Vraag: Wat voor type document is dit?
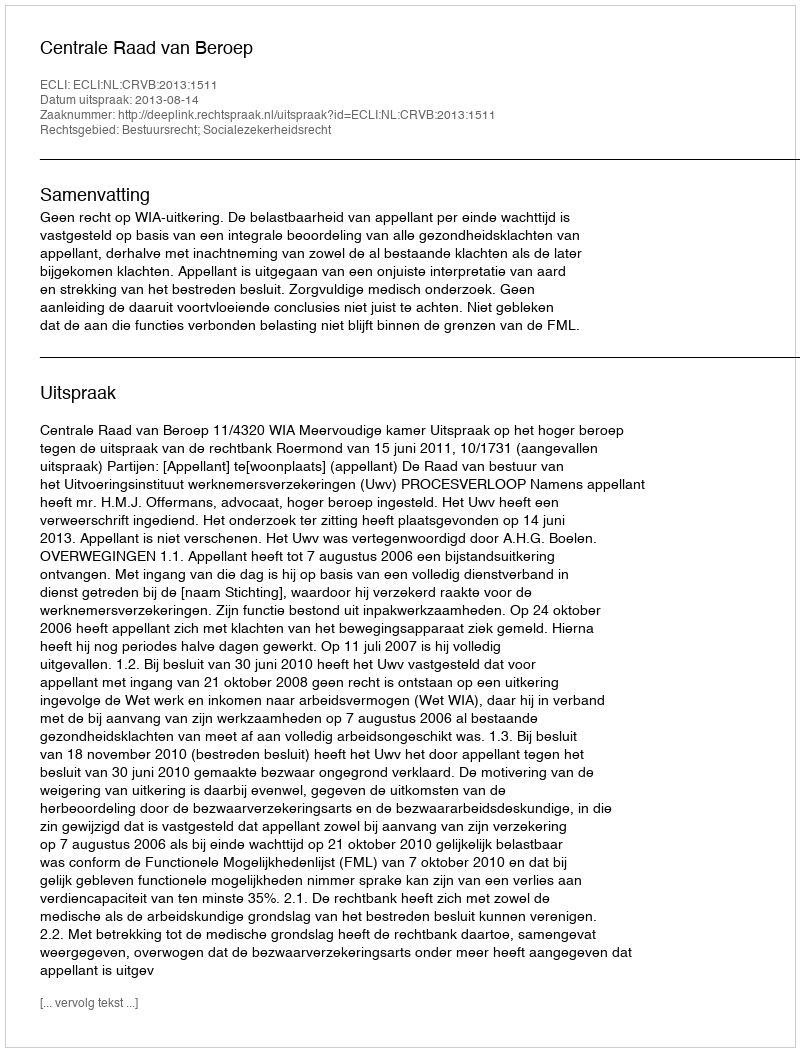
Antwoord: Uitspraak